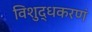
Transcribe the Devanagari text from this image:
विशुद्धकरणं